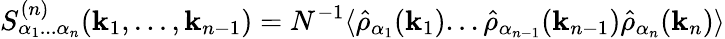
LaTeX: S_{\alpha_{1}...\alpha_{n}}^{(n)}(\mathbf{k}_{1},...,\mathbf{k}_{n-1})=N^{-1}\langle\hat{\rho}_{\alpha_{1}}(\mathbf{k}_{1})...\hat{\rho}_{\alpha_{n-1}}(\mathbf{k}_{n-1})\hat{\rho}_{\alpha_{n}}(\mathbf{k}_{n})\rangle